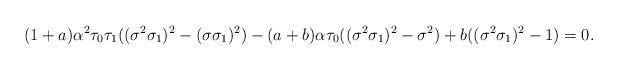
LaTeX: \begin{align*}(1+a) \alpha^2 \tau_0 \tau_1((\sigma^2 \sigma_1)^2 - (\sigma \sigma_1)^2) - (a+b) \alpha \tau_0 ((\sigma^2 \sigma_1)^2 - \sigma^2) + b((\sigma^2 \sigma_1)^2 - 1) = 0.\end{align*}